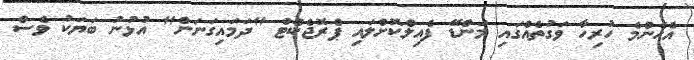
އެހެންމެ ހުރިހާ ވަގުތެއްގައި މަންޑޭ ފެއިލްކޮށްލައި ޕްރޮޖެކްޓް "ދަމައިގަނަން" އުޅުނު ބަޔަކު ވެސް